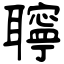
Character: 聹